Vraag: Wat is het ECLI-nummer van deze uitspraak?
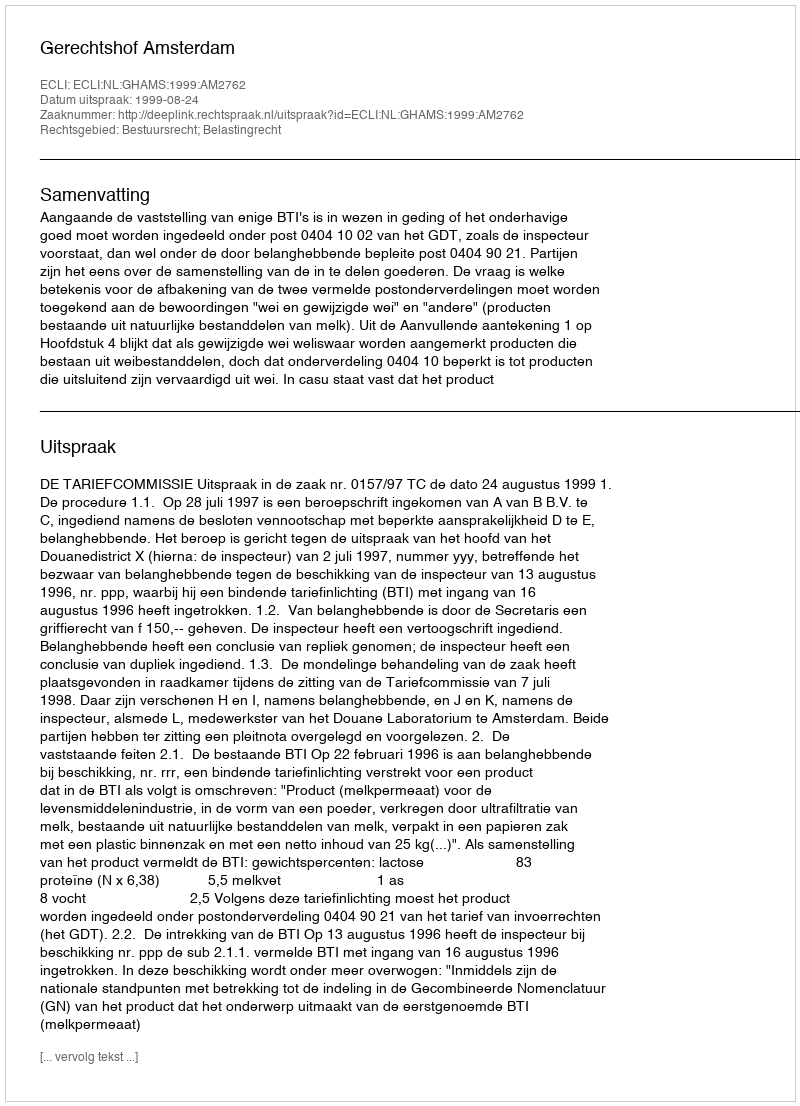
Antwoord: ECLI:NL:GHAMS:1999:AM2762